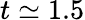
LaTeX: t\simeq 1.5